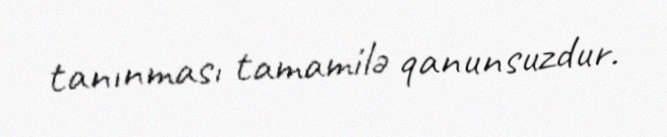
tanınması tamamilə qanunsuzdur.